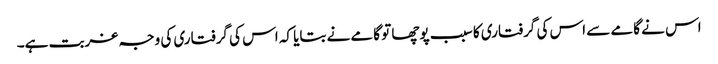
اس نے گامے سے اس کی گرفتاری کا سبب پوچھا تو گامے نے بتایا کہ اس کی گرفتاری کی وجہ غربت ہے۔